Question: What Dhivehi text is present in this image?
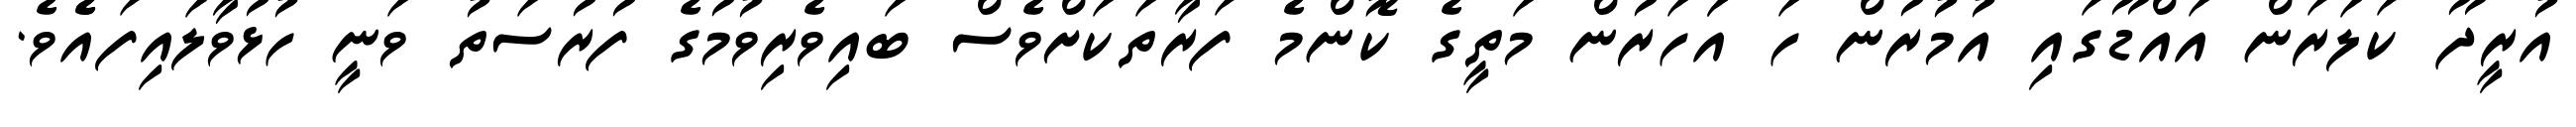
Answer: އުރީދޫ ކަލަރަން އައްޑޫގައި އުމުރުން ހަ އަަހަރުން މަތީގެ ކޮންމެ ފަރާތަކަށްވެސް ބައިވެރިވުމުގެ ފުރުސަތު ވަނީ ހުޅުވާލައިފައެެވެ.